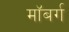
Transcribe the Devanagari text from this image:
माॅबर्ग